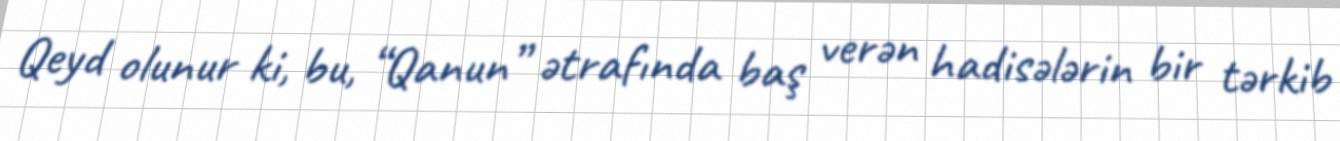
Qeyd olunur ki, bu, “Qanun” ətrafında baş verən hadisələrin bir tərkib